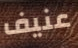
عنيف